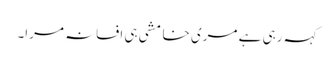
کہہ رہی ہے مری خامشی ہی افسانہ مرا۔